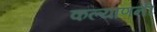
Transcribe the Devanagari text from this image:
कल्याणनी